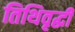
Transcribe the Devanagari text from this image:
तिथिवृद्धी